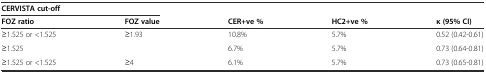
| <COLSPAN=2> CERVISTA cut-off |  |  |  |
 | FOZ ratio | FOZ value | CER+ve % | HC2+ve % | κ (95% CI) |
 | --- | --- | --- | --- | --- |
 | ≥1.525 or <1.525 | ≥1.93 | 10.8% | 5.7% | 0.52 (0.42-0.61) |
 | ≥1.525 |  | 6.7% | 5.7% | 0.73 (0.64-0.81) |
 | ≥1.525 or <1.525 | ≥4 | 6.1% | 5.7% | 0.73 (0.65-0.81) |